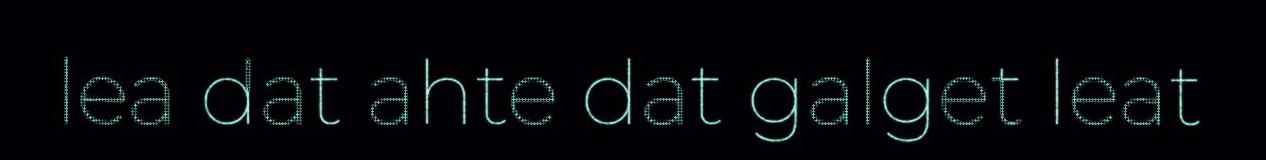
lea dat ahte dat galget leat